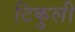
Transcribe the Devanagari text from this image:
टिकुली